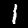
Label: 1